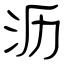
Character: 沥